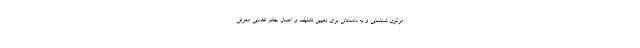
مرکزی شناسایی و به دادستانی برای تعیین تکلیف و اعمال حکم قضایی معرفی